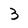
Character: 3